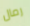
رمال